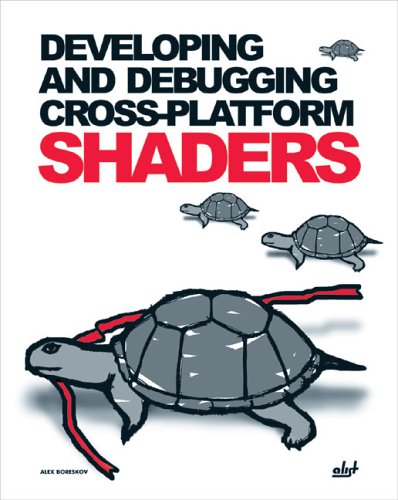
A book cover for Developing and Debugging Cross-Platform Shaders; Alex Boreskov; Computers & Technology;